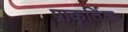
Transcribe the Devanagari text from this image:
प्राकृर्तिक